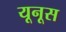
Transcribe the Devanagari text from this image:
यूनूस